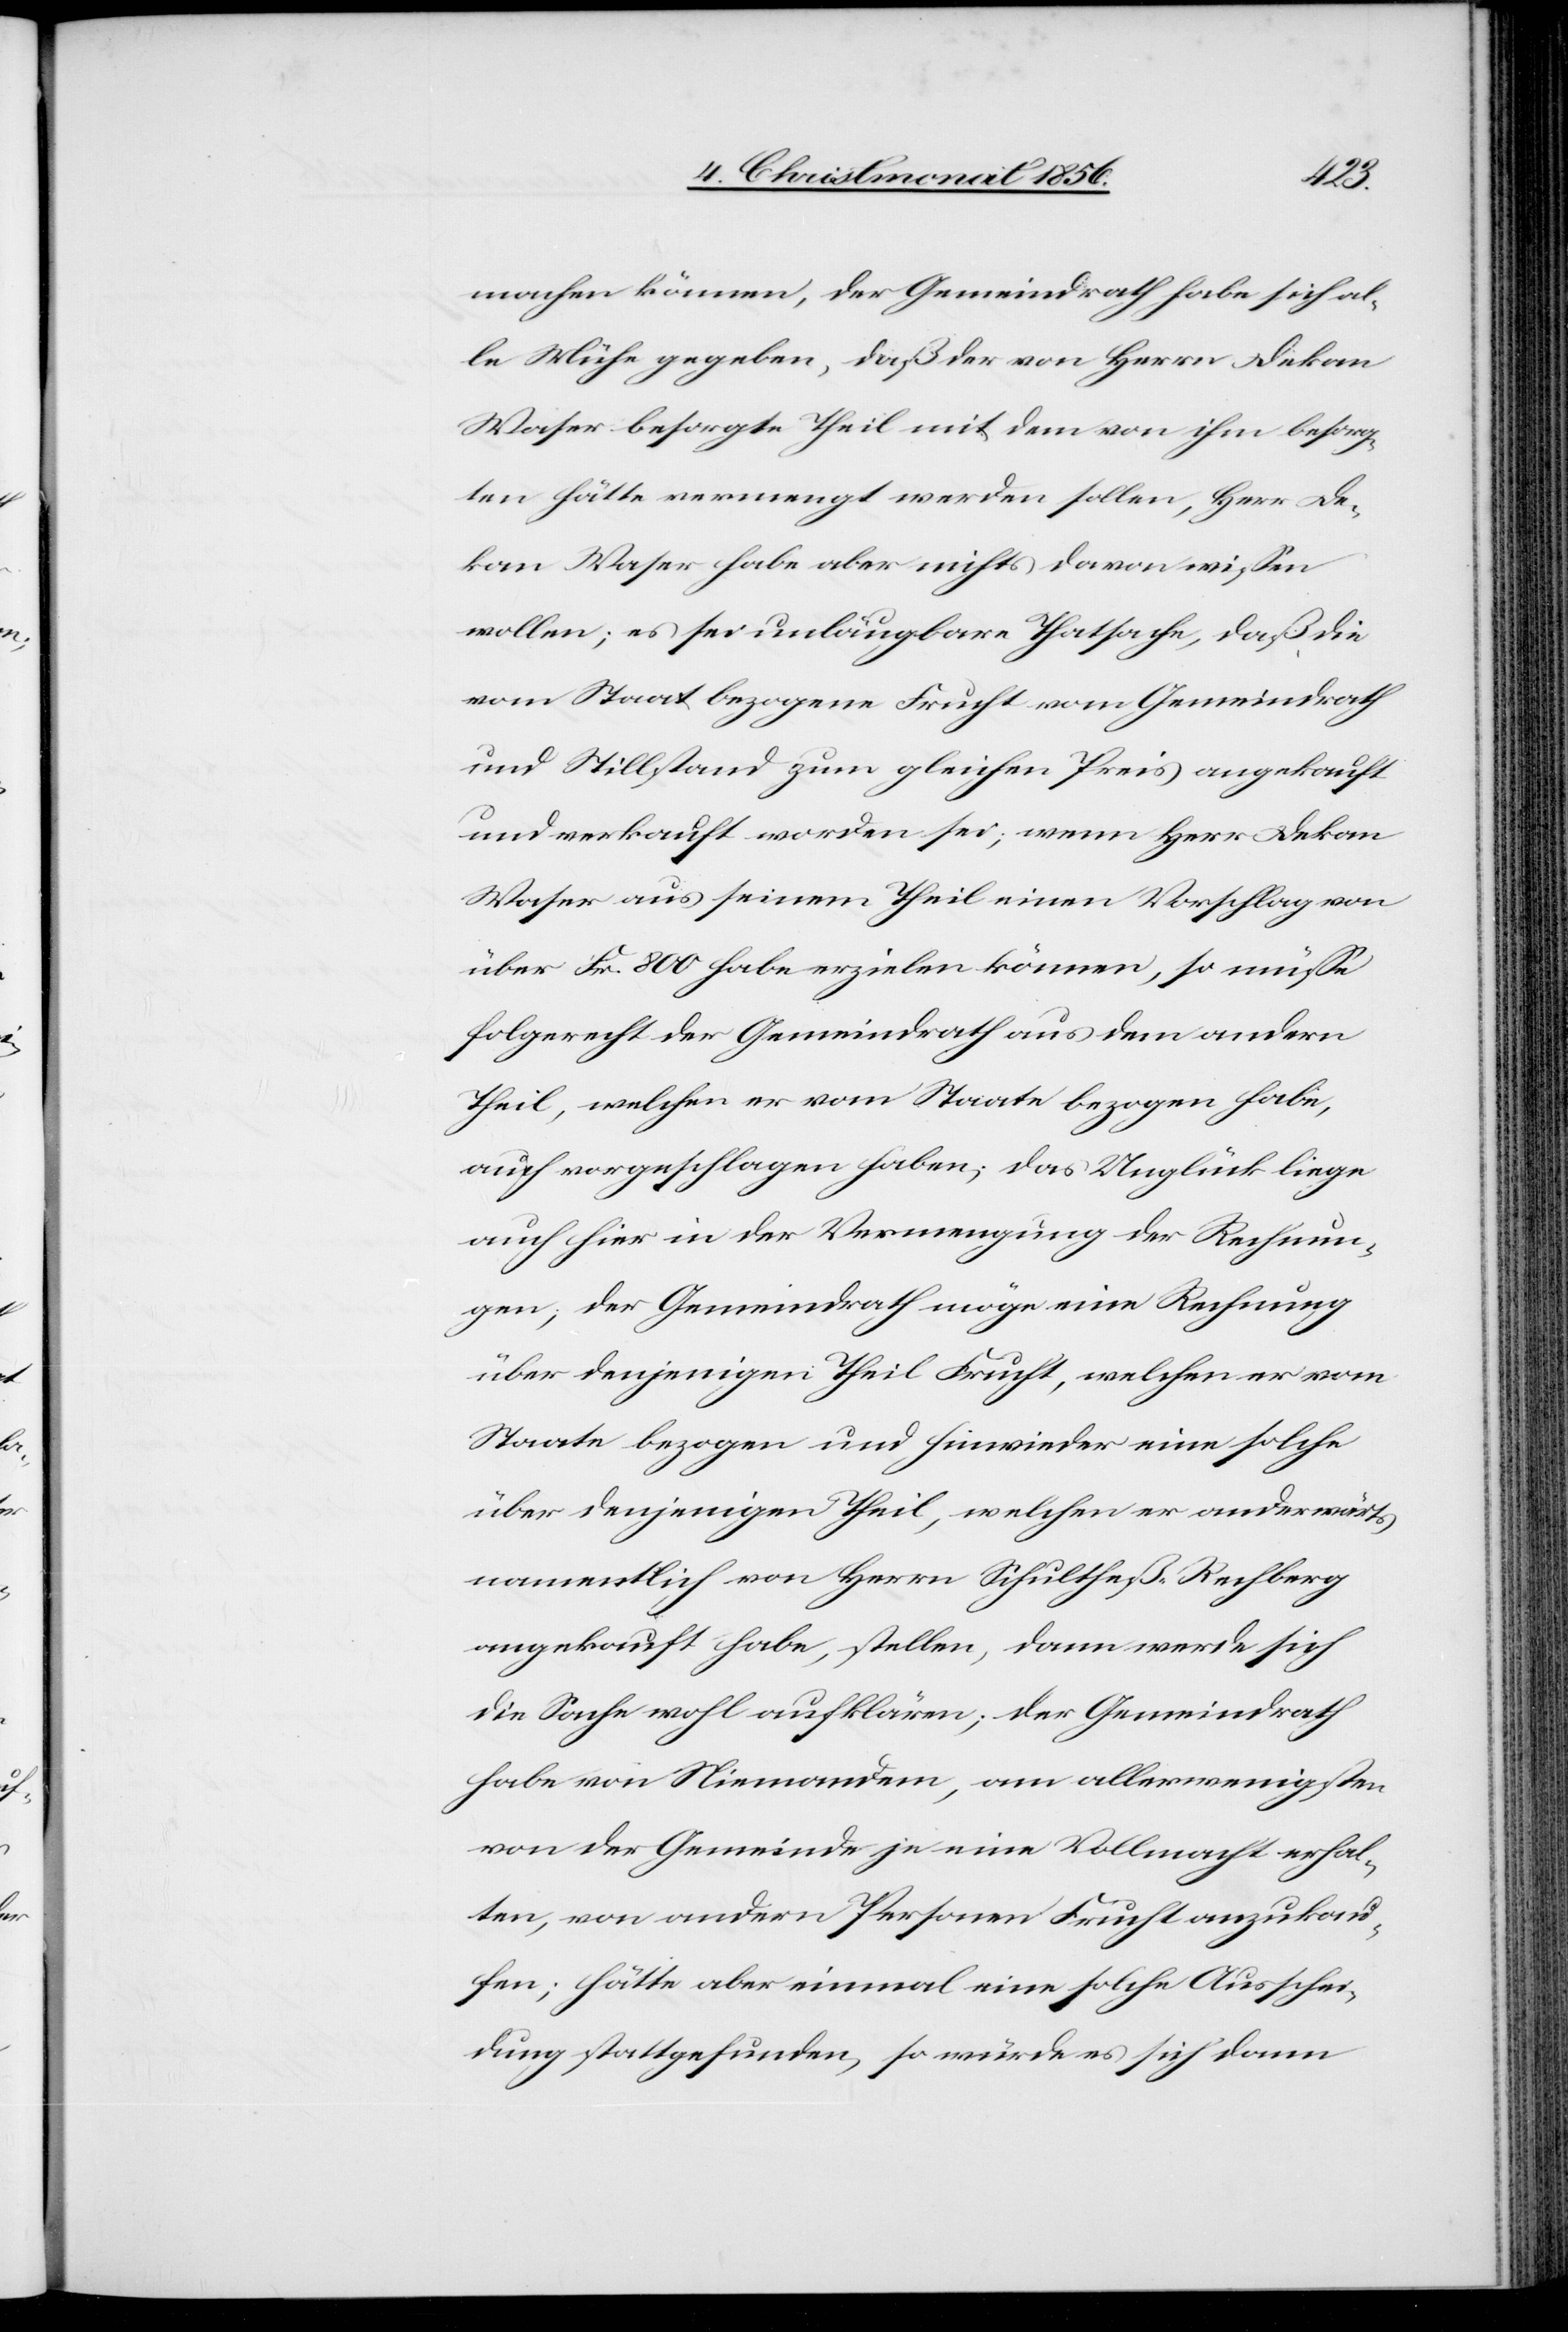
machen können, der Gemeindrath habe sich al¬
le Mühe gegeben, daß der von Herrn Dekan
Waser besorgte Theil mit dem von ihm besorg¬
ten hätte vermengt werden sollen, Herr De¬
kan Waser habe aber nichts davon wissen
wollen; es sei unläugbare Thatsache, daß die
vom Staat bezogene Frucht vom Gemeindrath
und Stillstand zum gleichen Preis angekauft
und verkauft worden sei; wenn Herr Dekan
Waser aus seinem Theil einen Vorschlag von
über Fr. 800 habe erzielen können, so müsse
folgerecht der Gemeindrath aus dem andern
Theil, welchen er vom Staate bezogen habe,
auch vorgeschlagen haben; das Unglück liege
auch hier in der Vermengung der Rechnun¬
gen; der Gemeindrath möge eine Rechnung
über denjenigen Theil Frucht, welchen er vom
Staate bezogen und hinwieder eine solche
über denjenigen Theil, welchen er anderwärts
namentlich von Herrn Schultheß-Rechberg
angekauft habe, stellen, dann werde sich
die Sache wohl aufklären; der Gemeindrath
habe von Niemandem, am allerwenigsten
von der Gemeinde je eine Vollmacht erhal¬
ten, von andern Personen Frucht anzukau¬
fen; hätte aber einmal eine solche Ausschei¬
dung stattgefunden, so würde es sich dann